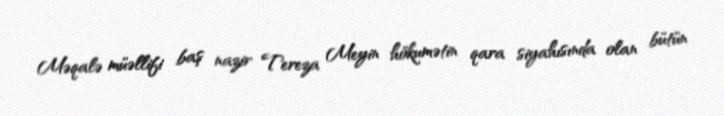
Məqalə müəllifi baş nazir Tereza Meyin hökumətin qara siyahısında olan bütün